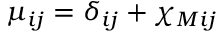
\mu _ { i j } = \delta _ { i j } + \chi _ { M i j }